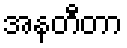
အနတီတာ